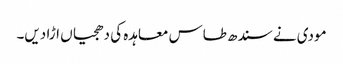
مودی نے سندھ طاس معاہدہ کی دھجیاں اڑا دیں۔